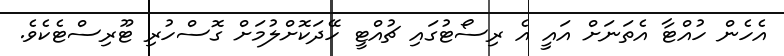
އެހެން ހުއްޓާ އެތަނަށް އައީ އެ ރިސޯޓުގައި ޗުއްޓީ ހޭދަކޮށްލުމަށް ގޮސްހުރި ޓޫރިސްޓެކެވެ.